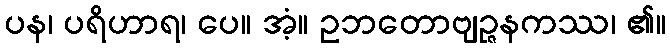
ပန၊ ပရိဟာရ၊ ပေ။ အံ့။ ဥဘတောဗျဉ္ဇနကဿ၊ ၏။